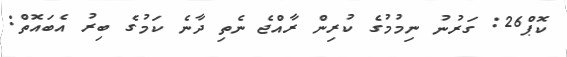
ކޮޕް26: ގަރުނު ނިމުމުގެ ކުރިން ރާއްޖެ ނެތި ދާނެ ކަމުގެ ބިރު އެބައޮތް: